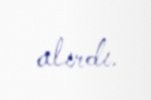
alırdı.